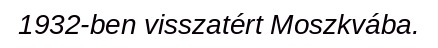
1932-ben visszatért Moszkvába.